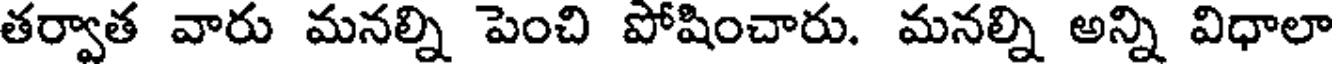
తర్వాత వారు మనల్ని పెంచి పోషించారు. మనల్ని అన్ని విధాలా